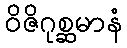
ဝိဇိဂုစ္ဆမာနံ